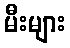
မီးများ